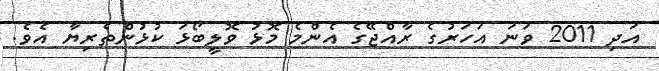
އަދި 2011 ވަނަ އަހަރުގެ ރާއްޖޭގެ އެންމެ މޮޅު ވޮލީބޯޅަ ކުޅުންތެރިޔާ އެވެ.